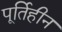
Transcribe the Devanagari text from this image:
पूर्तिहीन